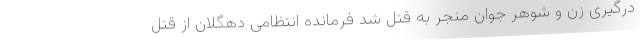
درگیری زن و شوهر جوان منجر به قتل شد فرمانده انتظامی دهگلان از قتل